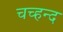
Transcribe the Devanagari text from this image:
चच्हन्द